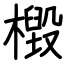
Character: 檓